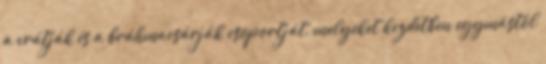
a vrátják és a bráhmacsárják csoportját, melyeket kezdetben egymástól